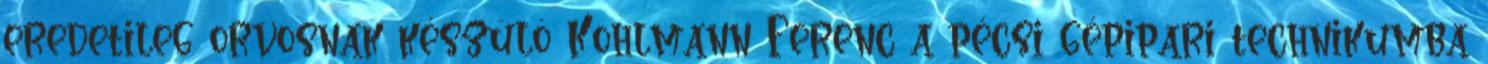
eredetileg orvosnak készülô Kohlmann Ferenc a pécsi gépipari technikumba